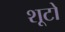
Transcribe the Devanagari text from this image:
शूटों